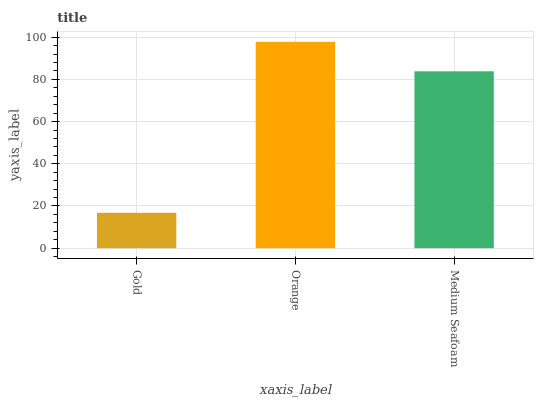
| xaxis_label | bars |
 | --- | --- |
 | Gold | 16.8 |
 | Orange | 97.8 |
 | Medium Seafoam | 83.8 |